Insane asylums Bombay 1873-77 - 1873-1877
Year: 1873
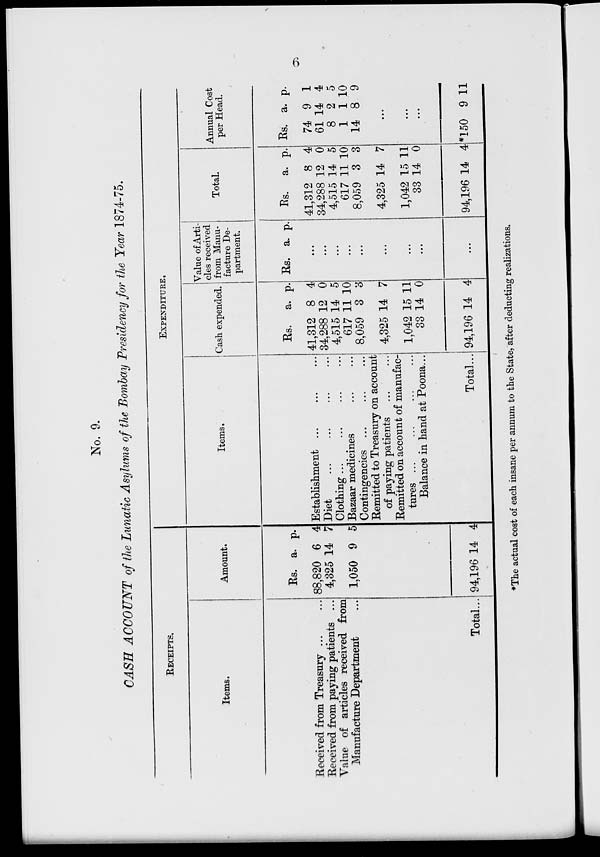
6
No. 9.
CASH ACCOUNT of the Lunatic Asylums of the Bombay Presidency for the Year 1874-75.
RECEIPTS.
Items.
Received from Treasury ... ...
Received from paying patients ...
Value of articles received from
Manufacture Department ...
Total ...
Amount.
Rs.
88,820
4,325
1,050
a.
6
14
9
p.
4
7
5
94,196 14 4
EXPENDITURE.
Items.
Establishment ... ... ...
Diet ... ... ... ...
Clothing ... ... ... ...
Bazaar medicines ... ...
Contingencies ... ... ...
Remitted to Treasury on account
of paying patients ... ...
Remitted on account of manufac-
tures ... ... ... ... ...
Balance in hand at Poona...
Total ...
Cash expended.
Rs.
41,312
34,288
4,515
617
8,059
4,325
1,042
33
94,196
a.
8
12
14
11
3
14
15
14
14
p.
4
0
5
10
3
7
11
0
4
Value of Arti-
cles received
from Manu-
facture De-
partment.
Rs. a. p.
...
...
...
...
...
...
...
...
...
Total.
Rs.
41,312
34,288
4,515
617
8,059
4,325
1,042
33
94,196
a.
8
12
14
11
3
14
15
14
14
p.
4
0
5
10
3
7
11
0
4
Annual Cost
per Head.
Rs.
74
61
8
1
14
a.
9
14
2
1
8
p.
1
4
5
10
9
...
...
...
*150 9 11
*The actual cost of each insane per annum to the State, after deducting realizations.